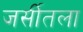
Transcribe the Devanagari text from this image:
जर्सीतला